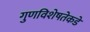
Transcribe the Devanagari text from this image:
गुणविशेषतेकडे